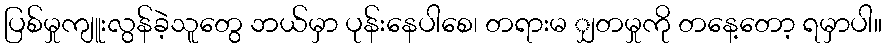
ပြစ်မှုကျူးလွန်ခဲ့သူတွေ ဘယ်မှာ ပုန်းနေပါစေ၊ တရားမ ျှတမှုကို တနေ့တော့ ရမှာပါ။